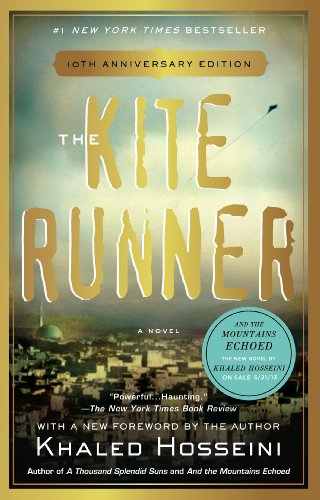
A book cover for The Kite Runner; Khaled Hosseini; Literature & Fiction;